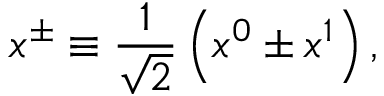
x ^ { \pm } \equiv \frac { 1 } { \sqrt { 2 } } \left( x ^ { 0 } \pm x ^ { 1 } \right) ,